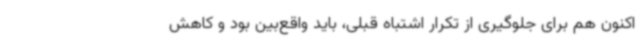
اکنون هم برای جلوگیری از تکرار اشتباه قبلی، باید واقع‌بین بود و کاهش